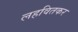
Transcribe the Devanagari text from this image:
लहवितकर